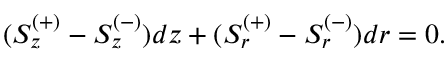
( S _ { z } ^ { ( + ) } - S _ { z } ^ { ( - ) } ) d z + ( S _ { r } ^ { ( + ) } - S _ { r } ^ { ( - ) } ) d r = 0 .